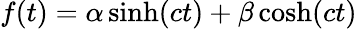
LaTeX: f(t)={\alpha}\sinh(ct)+{\beta}\cosh(ct)